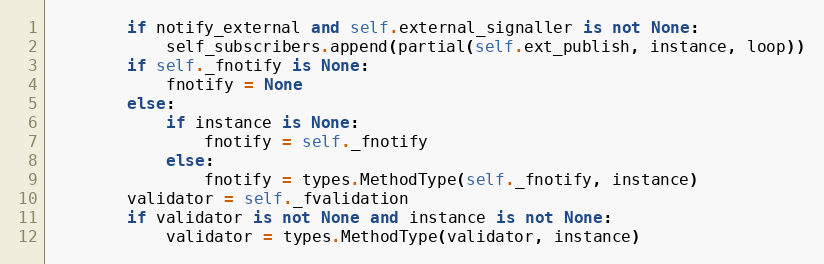
Language: Python
        if notify_external and self.external_signaller is not None:
            self_subscribers.append(partial(self.ext_publish, instance, loop))
        if self._fnotify is None:
            fnotify = None
        else:
            if instance is None:
                fnotify = self._fnotify
            else:
                fnotify = types.MethodType(self._fnotify, instance)
        validator = self._fvalidation
        if validator is not None and instance is not None:
            validator = types.MethodType(validator, instance)